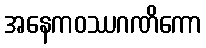
အနေကဝဿဂဏိကော